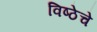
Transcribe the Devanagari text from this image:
विष्ठेचे